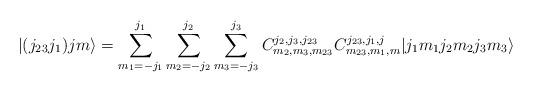
LaTeX: \begin{align*}|(j_{2}{}_{3}j_{1})jm\rangle=\sum_{m_{1}=-j_{1}}^{j_{1}}\sum_{m_{2}=-j_{2}}^{j_{2}}\sum_{m_{3}=-j_{3}}^{j_{3}}C_{m_{2},m_{3},m_{23}}^{j_{2},j_{3},j_{23}}C_{m_{23},m_{1},m}^{j_{23},j_{1},j}|j_{1}m_{1}j_{2}m_{2}j_{3}m_{3}\rangle\end{align*}